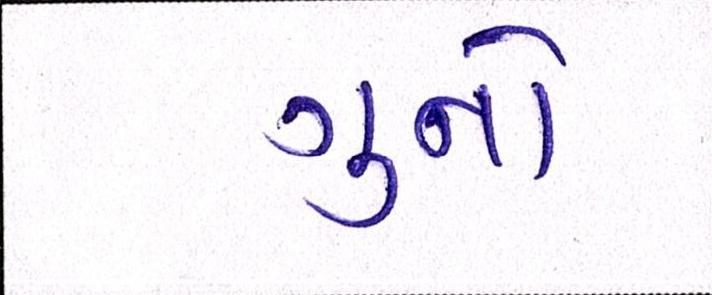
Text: ગુનો